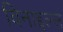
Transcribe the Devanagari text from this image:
विनाइल्स